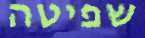
שפיטה